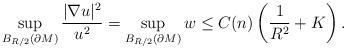
LaTeX: \begin{align*}\sup_{B_{R/2}(\partial M)}\frac{|\nabla u|^2}{u^2}=\sup_{B_{R/2}(\partial M)}w\leq C(n)\left(\frac{1}{R^2}+K\right).\end{align*}